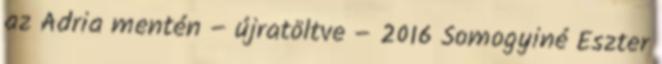
az Adria mentén – újratöltve – 2016 Somogyiné Eszter